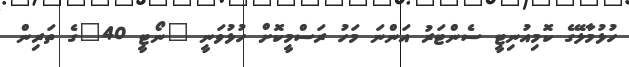
ހުޅުމާލޭގެ ކޮމިއުނިޓީ ސެންޓަރު އަންނަ މަހު ރަސްމީކޮށް ހުޅުވަނީ "ނޯޓީ 40"ގެ ތަރިން